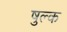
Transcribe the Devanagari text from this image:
षुल्क